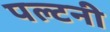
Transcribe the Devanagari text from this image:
पल्टनी